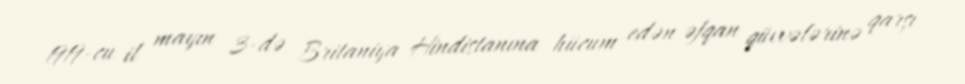
1919-cu il mayın 3-də Britaniya Hindistanına hücum edən əfqan qüvvələrinə qarşı